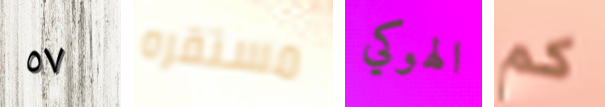
٥٧ مستقره الهوكي كم